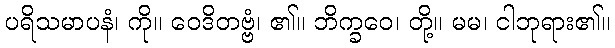
ပရိသမာပနံ၊ ကို။ ဝေဒိတဗ္ဗံ၊ ၏။ ဘိက္ခဝေ၊ တို့။ မမ၊ ငါဘုရား၏။